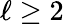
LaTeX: \ell\geq 2